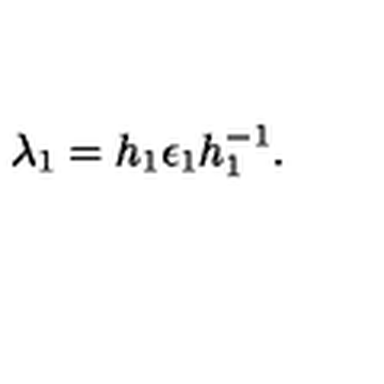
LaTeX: \lambda _ { 1 } = h _ { 1 } \epsilon _ { 1 } h _ { 1 } ^ { - 1 } .